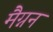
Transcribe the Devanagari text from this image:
मैग्नन